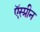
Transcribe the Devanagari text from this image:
ऍस्प्रीन